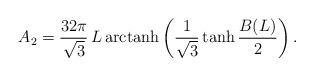
\begin{align*}A_2 = \frac{32 \pi}{\sqrt{3}}\, L\, {\rm arctanh} \left( \frac{1}{\sqrt{3}} \tanh \frac{B(L)}{2}\right).\end{align*}